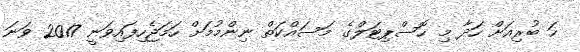
ހަ ބުރިއަށް ހަދާ މި ހޮސްޕިޓަލްގެ މަސައްކަތް ނިންމުމަށް ހަމަޖެހިފައިވަނީ 2017 ވަނަ